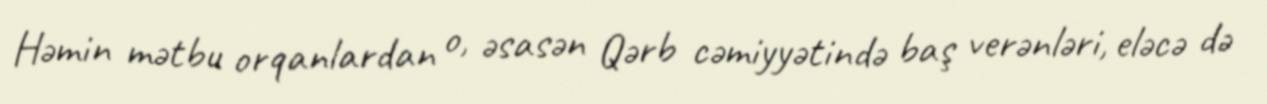
Həmin mətbu orqanlardan o, əsasən Qərb cəmiyyətində baş verənləri, eləcə də